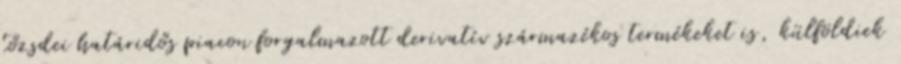
tőzsdei határidős piacon forgalmazott derivatív származékos termékeket is, külföldiek